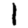
Digit: 1